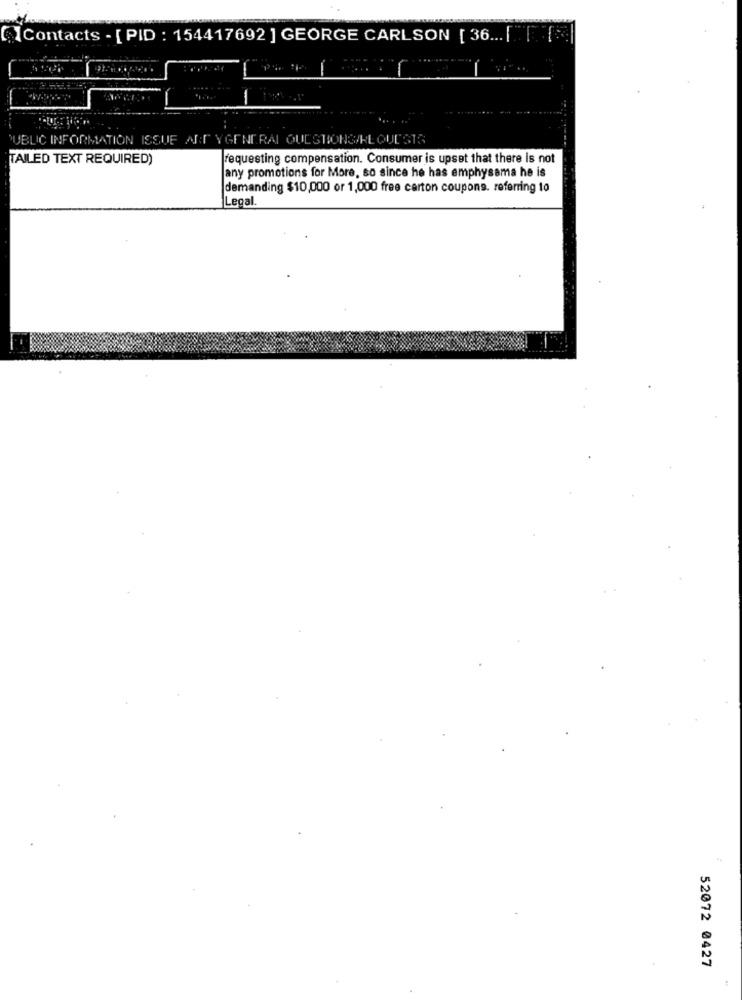
Contacts - [ PID : 154417692 ] GEORGE CARLSON [ 36 ... [
-
PUBLIC INFORMATION ISSUE ART YGENERAL QUESTIONS/REQUESTS
TAILED TEXT REQUIRED)
requesting compensation. Consumer is upset that there is not
any promotions for More, so since he has emphysema he is
demanding $10,000 or 1,000 free carton coupons. referring to
Legal
52072 0427